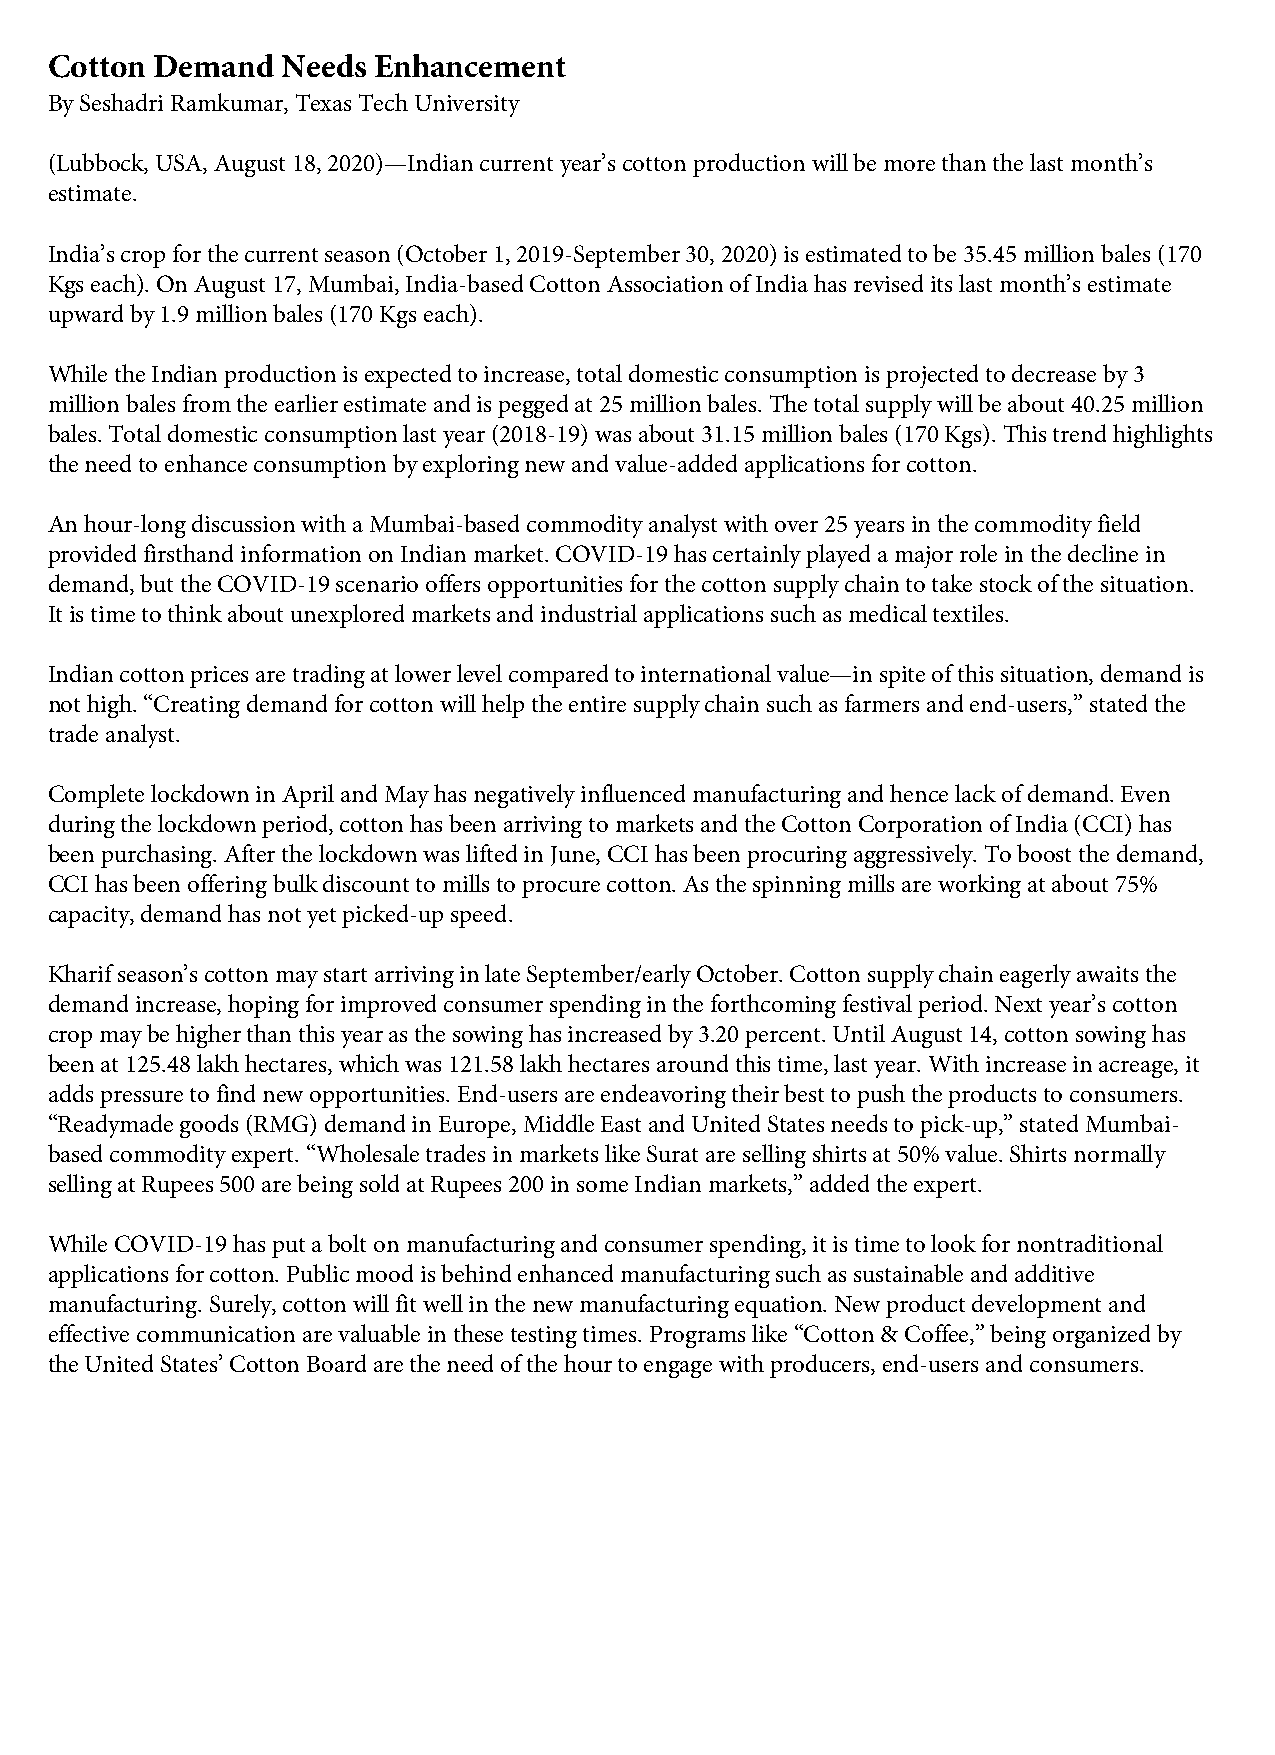
Cotton Demand   Needs Enhancement
 By Seshadri Ramkumar, Texas Tech University
 (Lubbock, USA, August 18, 2020)—Indian current year’s cotton production will be more than the last month’s
 estimate.
 India’s crop for the current season (October 1, 2019-September 30, 2020) is estimated to be 35.45 million bales (170
 Kgs each). On August 17, Mumbai, India-based Cotton Association of India has revised its last month’s estimate
 upward by 1.9 million bales (170 Kgs each).
 While the Indian production is expected to increase, total domestic consumption is projected to decrease by 3
 million bales from the earlier estimate and is pegged at 25 million bales. The total supply will be about 40.25 million
 bales. Total domestic consumption last year (2018-19) was about 31.15 million bales (170 Kgs). This trend highlights
 the need to enhance consumption by exploring new and value-added applications for cotton.
 An hour-long discussion with a Mumbai-based commodity analyst with over 25 years in the commodity field
 provided firsthand information on Indian market. COVID-19 has certainly played a major role in the decline in
 demand, but the COVID-19 scenario offers opportunities for the cotton supply chain to take stock of the situation.
 It is time to think about unexplored markets and industrial applications such as medical textiles.
 Indian cotton prices are trading at lower level compared to international value—in spite of this situation, demand is
 not high. “Creating demand for cotton will help the entire supply chain such as farmers and end-users,” stated the
 trade analyst.
 Complete lockdown in April and May has negatively influenced manufacturing and hence lack of demand. Even
 during the lockdown period, cotton has been arriving to markets and the Cotton Corporation of India (CCI) has
 been purchasing. After the lockdown was lifted in June, CCI has been procuring aggressively. To boost the demand,
 CCI has been offering bulk discount to mills to procure cotton. As the spinning mills are working at about 75%
 capacity, demand has not yet picked-up speed.
 Kharif season’s cotton may start arriving in late September/early October. Cotton supply chain eagerly awaits the
 demand increase, hoping for improved consumer spending in the forthcoming festival period. Next year’s cotton
 crop may be higher than this year as the sowing has increased by 3.20 percent. Until August 14, cotton sowing has
 been at 125.48 lakh hectares, which was 121.58 lakh hectares around this time, last year. With increase in acreage, it
 adds pressure to find new opportunities. End-users are endeavoring their best to push the products to consumers.
 “Readymade goods (RMG) demand in Europe, Middle East and United States needs to pick-up,” stated Mumbai-
 based commodity expert. “Wholesale trades in markets like Surat are selling shirts at 50% value. Shirts normally
 selling at Rupees 500 are being sold at Rupees 200 in some Indian markets,” added the expert.
 While COVID-19 has put a bolt on manufacturing and consumer spending, it is time to look for nontraditional
 applications for cotton. Public mood is behind enhanced manufacturing such as sustainable and additive
 manufacturing. Surely, cotton will fit well in the new manufacturing equation. New product development and
 effective communication are valuable in these testing times. Programs like “Cotton & Coffee,” being organized by
 the United States’ Cotton Board are the need of the hour to engage with producers, end-users and consumers.